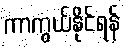
ကာကွယ်နိုင်ရန်